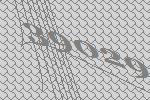
39029